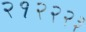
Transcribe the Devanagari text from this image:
२१२२२३